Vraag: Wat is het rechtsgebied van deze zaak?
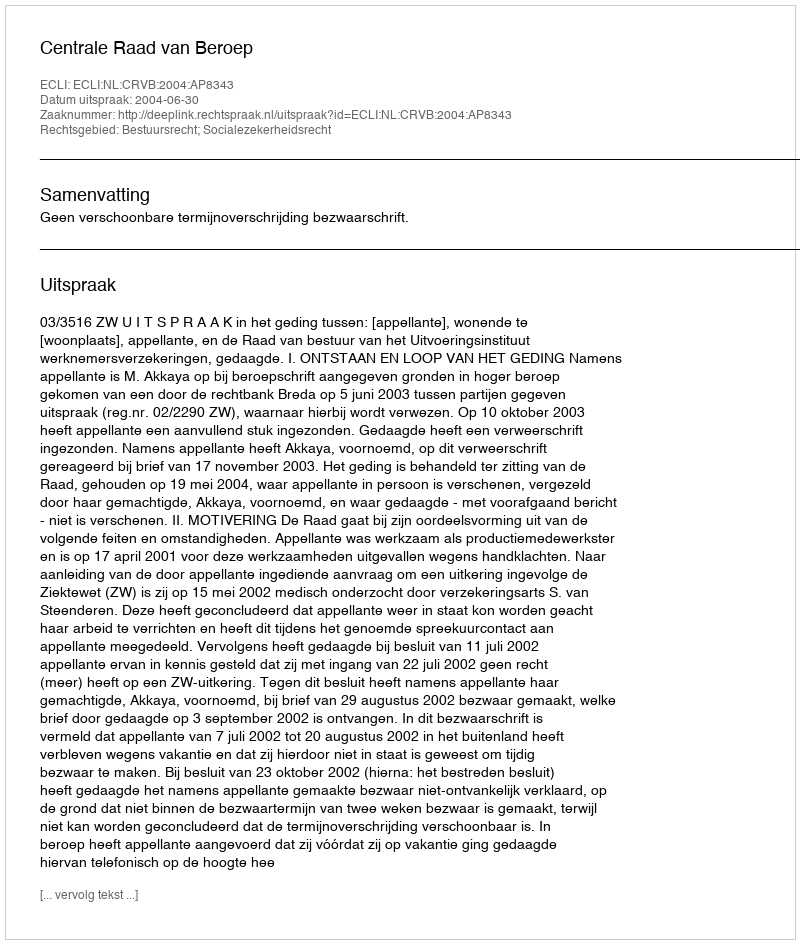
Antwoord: Bestuursrecht; Socialezekerheidsrecht